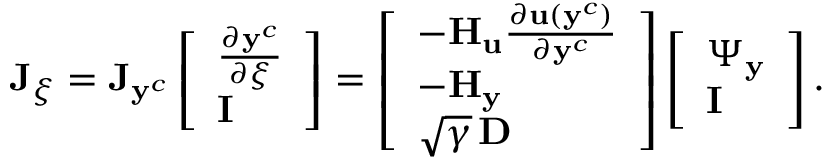
\mathbf { J } _ { \boldsymbol { \xi } } = \mathbf { J } _ { \mathbf { y } ^ { c } } \left[ \begin{array} { l } { \frac { \partial \mathbf { y } ^ { c } } { \partial \boldsymbol { \xi } } } \\ { \mathbf { I } } \end{array} \right] = \left[ \begin{array} { l } { - \mathbf { H } _ { \mathbf { u } } \frac { \partial \mathbf { u } ( \mathbf { y } ^ { c } ) } { \partial \mathbf { y } ^ { c } } } \\ { - \mathbf { H } _ { \mathbf { y } } } \\ { \sqrt { \gamma } \, \mathbf { D } } \end{array} \right] \left[ \begin{array} { l } { \boldsymbol { \Psi } _ { \mathbf { y } } } \\ { \mathbf { I } } \end{array} \right] .